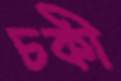
চকী